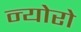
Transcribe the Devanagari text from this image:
न्योरो